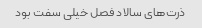
ذرت‌های سالاد فصل خیلی سفت بود